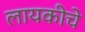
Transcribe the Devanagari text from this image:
लायकीचे